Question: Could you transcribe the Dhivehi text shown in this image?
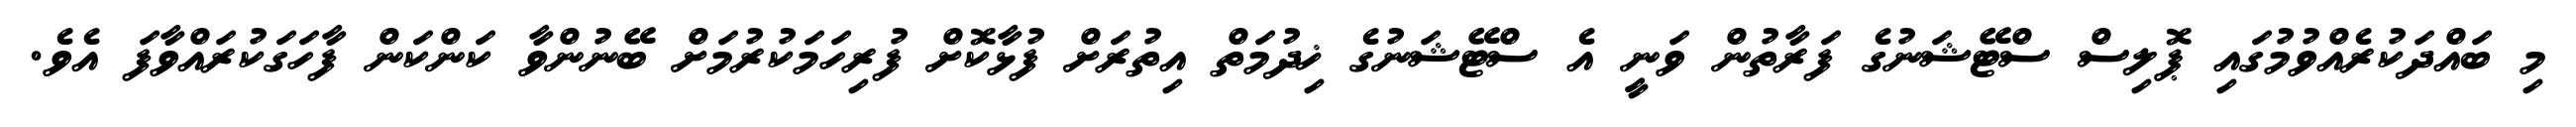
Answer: މި ބައްދަކުރެއްވުމުގައި ޕޮލިސް ސްޓޭޝަނުގެ ފަރާތުން ވަނީ އެ ސްޓޭޝަނުގެ ޚިދުމަތް އިތުރަށް ފުޅާކޮށް ފުރިހަމަކުރުމަށް ބޭނުންވާ ކަންކަން ފާހަގަކުރައްވާފަ އެވެ.